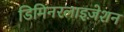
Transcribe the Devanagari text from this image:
डिमिनरलाइज़ेशन